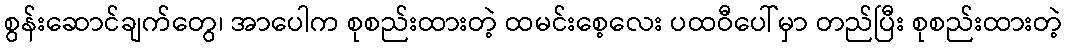
စွန်းဆောင်ချက်တွေ၊ အာပေါက စုစည်းထားတဲ့ ထမင်းစေ့လေး ပထဝီပေါ်မှာ တည်ပြီး စုစည်းထားတဲ့